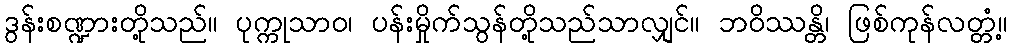
ဒွန်းစဏ္ဍားတို့သည်။ ပုက္ကုသာဝ၊ ပန်းမှိုက်သွန်တို့သည်သာလျှင်။ ဘဝိဿန္တိ၊ ဖြစ်ကုန်လတ္တံ့။